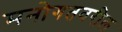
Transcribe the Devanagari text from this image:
मनोगतवरील